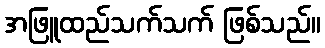
အဖြူထည်သက်သက် ဖြစ်သည်။